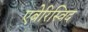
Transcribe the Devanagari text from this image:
एबेरिस्विद